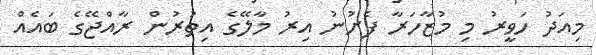
މިއަދު ހަވީރު މި މުޒާހަރާ ފެށުނު އިރު މާލޭގެ އިތުރުން ރާއްޖޭގެ ބައެއް